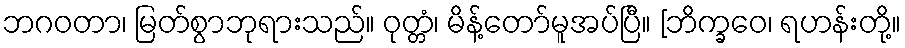
ဘဂဝတာ၊ မြတ်စွာဘုရားသည်။ ဝုတ္တံ၊ မိန့်တော်မူအပ်ပြီ။ [ဘိက္ခဝေ၊ ရဟန်းတို့။